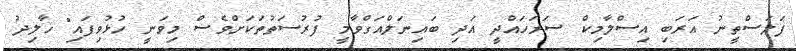
ފަލަސްތީނު އަރަބި އިސްލާމިކް ސަރަހައްދީ އަދި ބައިނަލްއަގްވާމީ ފުރުސަތުތަކަށްވެސް މިވަނީ ހުޅުވިފައި" ޚާލިދު